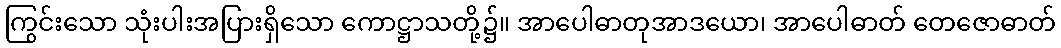
ကြွင်းသော သုံးပါးအပြားရှိသော ကောဋ္ဌာသတို့၌။ အာပေါဓာတုအာဒယော၊ အာပေါဓာတ် တေဇောဓာတ်